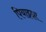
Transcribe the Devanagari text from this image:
पियाझ्झा